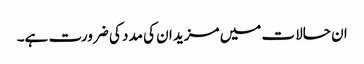
ان حالات میں مزید ان کی مدد کی ضرورت ہے۔